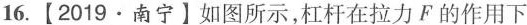
16.【2019·南宁】如图所示，杠杆在拉力F的作用下